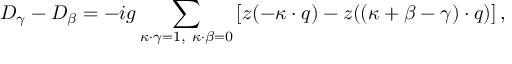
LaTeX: D _ { \gamma } - D _ { \beta } = - i g \sum _ { \kappa \cdot \gamma = 1 , \ \kappa \cdot \beta = 0 } \left[ z ( - \kappa \cdot q ) - z ( ( \kappa + \beta - \gamma ) \cdot q ) \right] ,